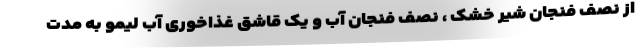
از نصف فنجان شیر خشک ، نصف فنجان آب و یک قاشق غذاخوری آب لیمو به مدت